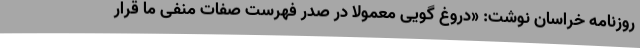
روزنامه خراسان نوشت: «دروغ گویی معمولا در صدر فهرست صفات منفی ما قرار